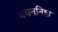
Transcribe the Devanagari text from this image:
वचननिष्ठा